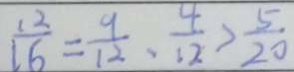
\frac { 1 2 } { 1 6 } = \frac { 9 } { 1 2 } 、 \frac { 4 } { 1 2 } > \frac { 5 } { 2 0 }